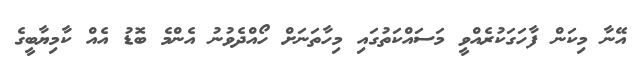
އޭނާ މިކަން ފާހަގަކުރެއްވީ މަސައްކަތުގައި މިހާތަނަށް ހޯއްދެވުނު އެންމެ ބޮޑު އެއް ކާމިޔާބީގެ